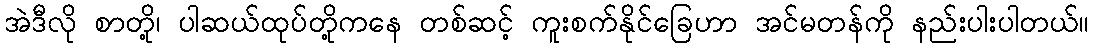
အဲဒီလို စာတို့၊ ပါဆယ်ထုပ်တို့ကနေ တစ်ဆင့် ကူးစက်နိုင်ခြေဟာ အင်မတန်ကို နည်းပါးပါတယ်။